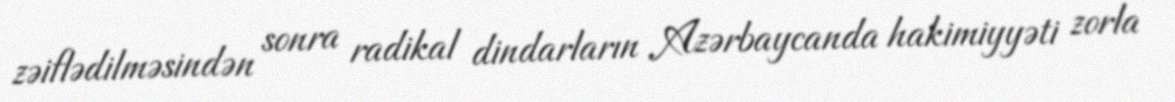
zəiflədilməsindən sonra radikal dindarların Azərbaycanda hakimiyyəti zorla